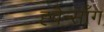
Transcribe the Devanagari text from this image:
ह्वेन्साँग